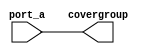
module IDN_NR_SVKW (port_a, covergroup);
      input port_a;
      output covergroup;

         assign covergroup = port_a;
endmodule